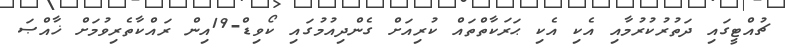
ޗުއްޓީގައި ދަތުރުކުރުމާއި އެކި އެކި ޙަރަކާތްތައް ކުރިއަށް ގެންދިއުމުގައި ކޯވިޑް-19އިން ރައްކާތެރިވުމަށް ޚާއްޞަ